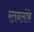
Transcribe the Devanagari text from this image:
रतनलोके